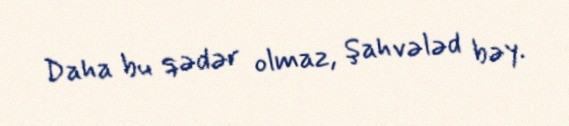
Daha bu qədər olmaz, Şahvələd bəy.